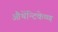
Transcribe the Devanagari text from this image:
औथेंन्टिकेष्ण